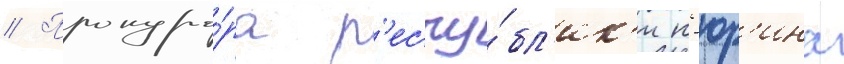
// Прокуро́ра р'еспу́бл'ик'и н'юр'ина